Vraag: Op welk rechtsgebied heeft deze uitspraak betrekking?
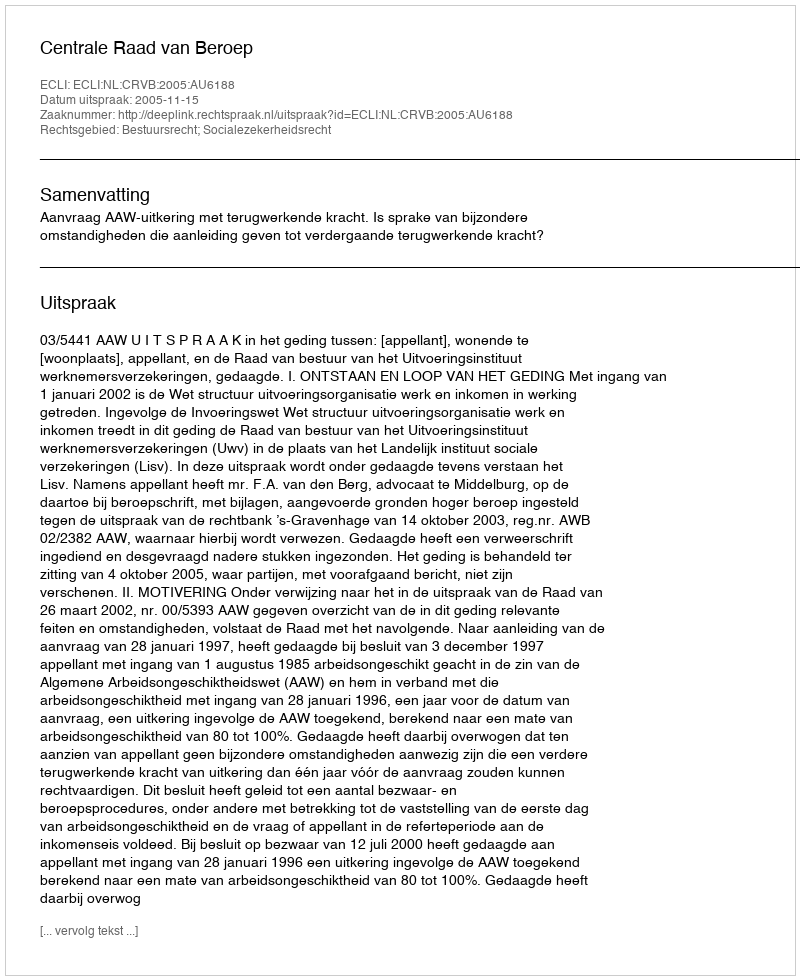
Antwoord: Bestuursrecht; Socialezekerheidsrecht